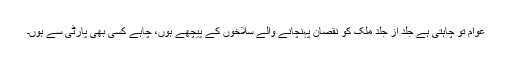
عوام تو چاہتی ہے جلد از جلد ملک کو نقصان پہنچانے والے سلاخوں کے پیچھے ہوں، چاہے کسی بھی پارٹی سے ہوں۔